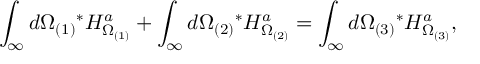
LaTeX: \int _ { \infty } d \Omega _ { ( 1 ) } { } ^ { * } H _ { \Omega _ { ( 1 ) } } ^ { a } + \int _ { \infty } d \Omega _ { ( 2 ) } { } ^ { * } H _ { \Omega _ { ( 2 ) } } ^ { a } = \int _ { \infty } d \Omega _ { ( 3 ) } { } ^ { * } H _ { \Omega _ { ( 3 ) } } ^ { a } ,